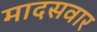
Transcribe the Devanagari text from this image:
मादसवार